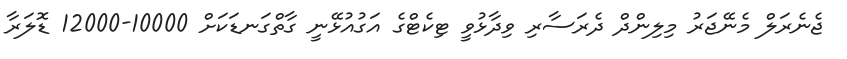
ޖެނެރަލް މެނޭޖަރު މިލިންދް ދެރަސާރި ވިދާޅުވީ ޓިކެޓްގެ އަގުއުޅޭނީ ގާތްގަނޑަކަށް 10000-12000 ޑޮލަރާ